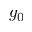
g _ { 0 }